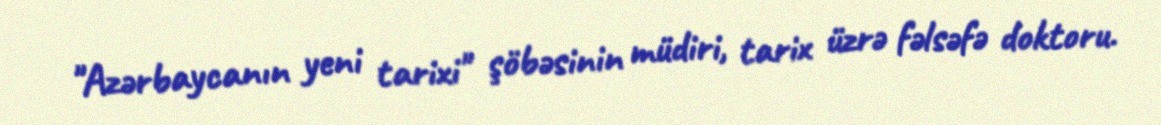
"Azərbaycanın yeni tarixi" şöbəsinin müdiri, tarix üzrə fəlsəfə doktoru.